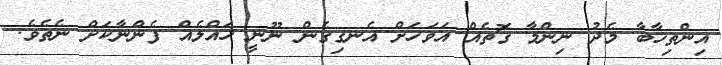
އިންތިޚާބާ މެދު ނިންމާ ގޮތެއް އަވަހަށް އެނގިގެން ނޫނީ ހައްލެއް ފެންނާކަށް ނެތެވެ.